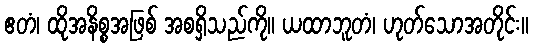
ဧတံ၊ ထိုအနိစ္စအဖြစ် အစရှိသည်ကို။ ယထာဘူတံ၊ ဟုတ်သောအတိုင်း။